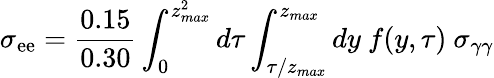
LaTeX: \sigma_{\mathrm{e}\mathrm{e}}=\frac{{0.15}}{{0.30}}\int_{0}^{z_{max}^{2}}d\tau\int_{\tau/z_{max}}^{z_{max}}dy\ f(y,\tau)\ \sigma_{\gamma\gamma}